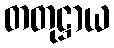
တတုဋ္ဌာယ